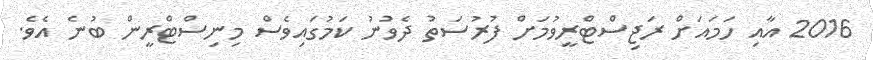
2016 އާއި ހަމައަށް ރަޖިސްޓްރީވުމަށް ފުރުސަތު ދެވުނު ކަމުގައިވެސް މިނިސްޓްރީން ބުނެ އެވެ.